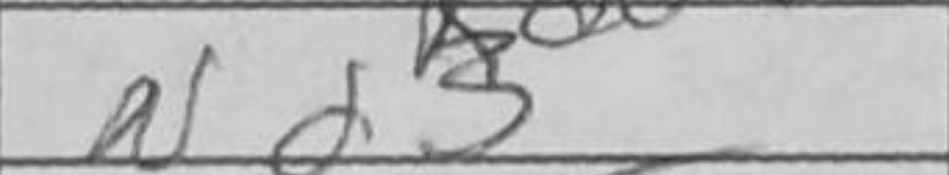
Transcription: Nd3